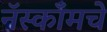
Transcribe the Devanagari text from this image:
नॅस्कॉमचे